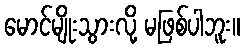
မောင်မျိုးသွားလို့ မဖြစ်ပါဘူး။